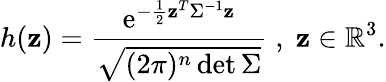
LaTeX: h(\mathbf{z})=\frac{\mathrm{e}^{-\frac{1}{2}\mathbf{z}^{T}\Sigma^{-1}\mathbf{z}}}{\sqrt{(2\pi)^{n}\operatorname*{det}\Sigma}}\; ,\; \mathbf{z}\in\mathbb{R}^{3}.